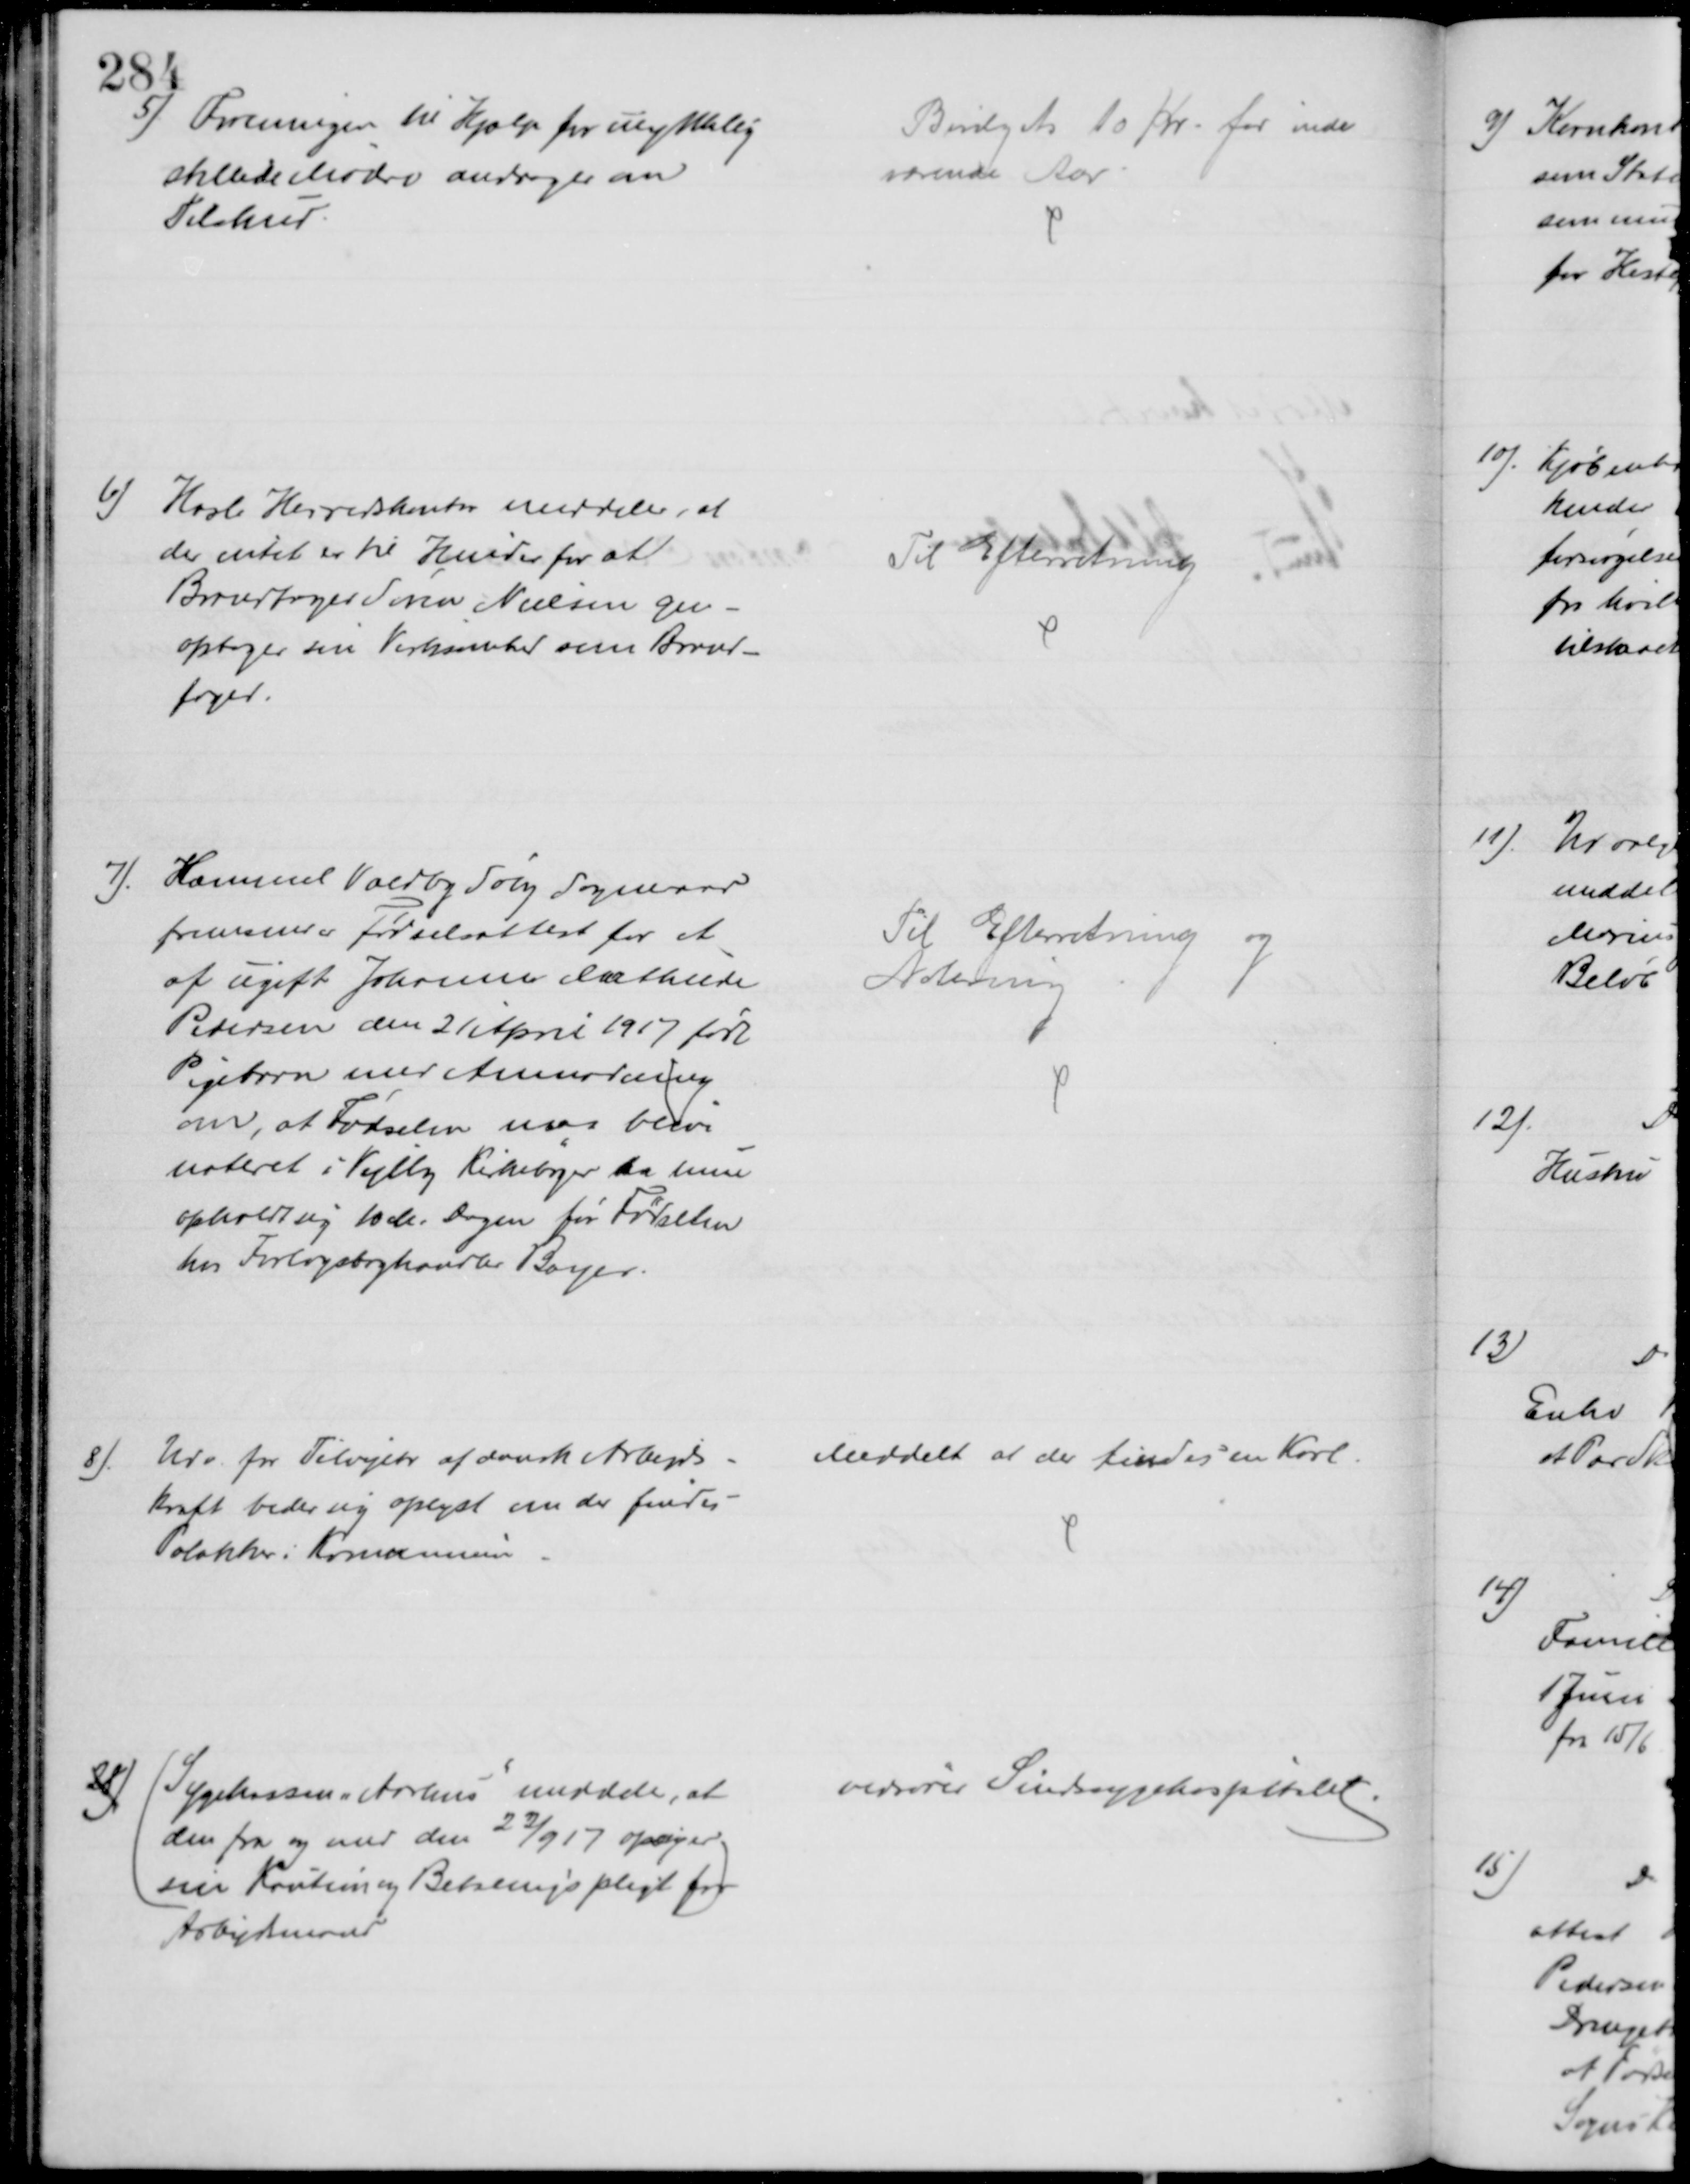
Transskription:
5) Foreningen til Hjælp for ulykkelig
stillede Mødre andrager om
Tilskud
Bevilget 10 Kr. for inde
værende Aar
6) Hasle Herredskontor meddeler, at
der intet er til Hinder for at
Brandfoged Søren Nielsen gen-
optager sin Virksomhed som Brand-
foged.
Til Efterretning
7). Hammel Voldby Søby Sogneraad
fremsender Fødselsattest for et
af ugift Johanne Mathilde
Petersen den 21 April 1917 født
Pigebarn med Anmodning
om, at Fødselen var blive
noteret i Vejlby Kirkebøger da hun 
opholdt sig 10 M. Dagen før Fødselen
hos Forlagsboghandler Bayer.
Til Efterretning og
Notering
8).
Udv. for Tilvejebr af dansk Arbejds-
kraft beder sig oplyst om der findes
Polakker i Kommunen
Meddelt at der findes en Karl
28) (Sygekassen i Aarhus meddeler, at
den fra og med den 22/9 17 opsiger
sin Kaution og Betalingspligt for
Arbejdsmænd)
vedrører Sindssygehospitalet